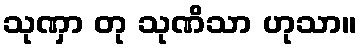
သုဏှာ တု သုဏိသာ ဟုသာ။